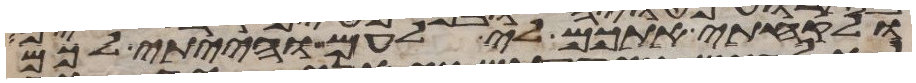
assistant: ולקחתי אתכם לי לעם והייתי לכם